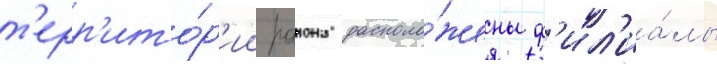
т'ерр'ито́р'ии раиона располо́жены ф'ил'иа́лы